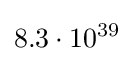
8.3\cdot 10^{39}